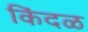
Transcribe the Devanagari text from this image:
किंदळ